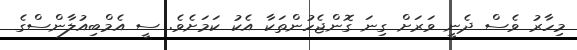
މިހާރު ވެސް ދެނީ ވަރަށް ގިނަ ގޮންޖެހުންތަކާ އެކު ކަމަށެވެ. ސީ އެމްބިއުލާންސްގެ